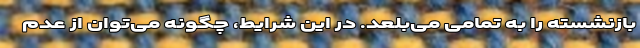
بازنشسته را به تمامی می‌بلعد. در این شرایط، چگونه می‌توان از عدم